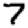
Digit: 7